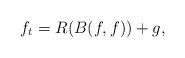
LaTeX: \begin{align*} f_{t}=R(B(f,f))+g,\end{align*}